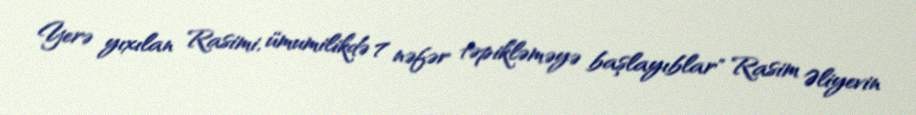
Yerə yıxılan Rasimi, ümumilikdə 7 nəfər təpikləməyə başlayıblar" Rasim Əliyevin